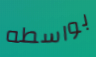
بواسطه